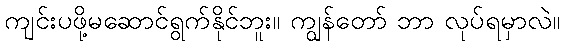
ကျင်းပဖို့မဆောင်ရွက်နိုင်ဘူး။ ကျွန်တော် ဘာ လုပ်ရမှာလဲ။